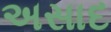
અસાદ